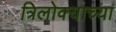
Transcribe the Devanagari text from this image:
त्रिलोक्याच्या